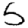
Digit: 5